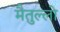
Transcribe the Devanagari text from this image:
मैतुल्लो